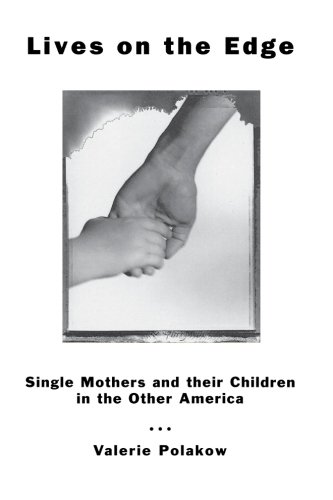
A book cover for Lives on the Edge: Single Mothers and Their Children in the Other America; Valerie Polakow; Parenting & Relationships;